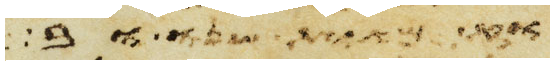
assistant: ומאת שנה ובני